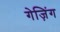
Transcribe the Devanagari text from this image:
गेज़िंग